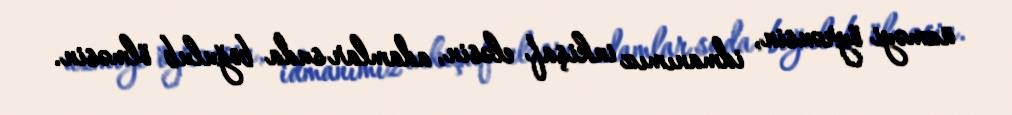
üzməyi öyrənsin, idmanımız inkişaf eləsin, adamlar suda boğulub ölməsin.